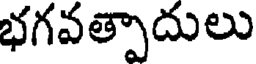
భగవత్పాదులు